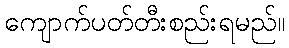
ကျောက်ပတ်တီးစည်းရမည်။